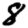
Digit: 8